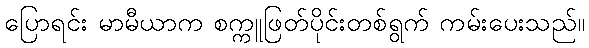
ပြောရင်း မာမီယာက စက္ကူဖြတ်ပိုင်းတစ်ရွက် ကမ်းပေးသည်။